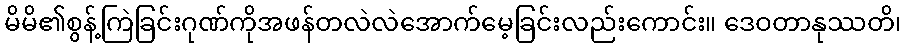
မိမိ၏စွန့်ကြဲခြင်းဂုဏ်ကိုအဖန်တလဲလဲအောက်မေ့ခြင်းလည်းကောင်း။ ဒေဝတာနုဿတိ၊